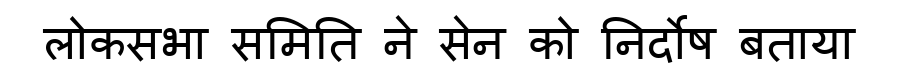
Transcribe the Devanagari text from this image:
लोकसभा समिति ने सेन को निर्दोष बताया